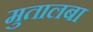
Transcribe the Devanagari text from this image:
मुतालबा